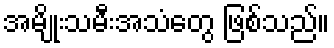
အမျိုးသမီးအသံတွေ ဖြစ်သည်။